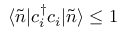
\langle \Tilde { n } | c _ { i } ^ { \dagger } c _ { i } | \Tilde { n } \rangle \leq 1